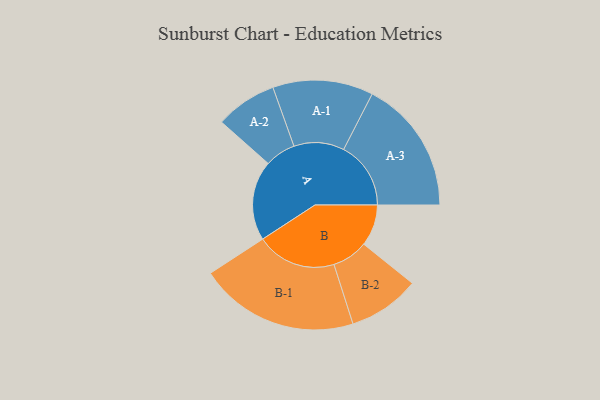
{"axis": {"x": "Segment", "y": "Value"}, "legend": ["", "A", "B"], "data": [{"x": "A", "y": 283, "type": ""}, {"x": "B", "y": 147, "type": ""}, {"x": "A-1", "y": 178, "type": "A"}, {"x": "A-2", "y": 109, "type": "A"}, {"x": "A-3", "y": 238, "type": "A"}, {"x": "B-1", "y": 283, "type": "B"}, {"x": "B-2", "y": 127, "type": "B"}]}